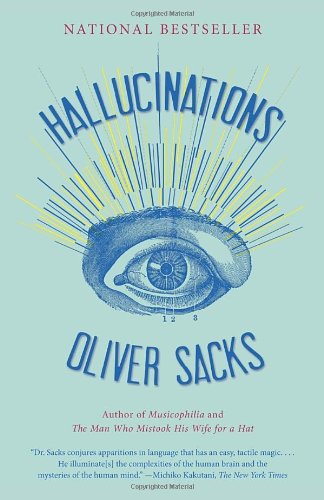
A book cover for Hallucinations; Oliver Sacks; Medical Books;